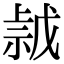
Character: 𢧡